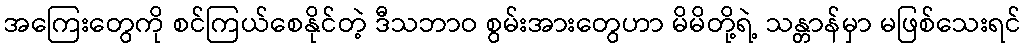
အကြေးတွေကို စင်ကြယ်စေနိုင်တဲ့ ဒီသဘာဝ စွမ်းအားတွေဟာ မိမိတို့ရဲ့ သန္တာန်မှာ မဖြစ်သေးရင်